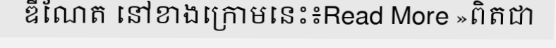
ឌីណែត នៅខាងក្រោមនេះ៖Read More »ពិតជា